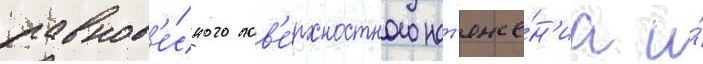
равнов'е́сного пов'е́рхностного нат'яже́н'иа и́